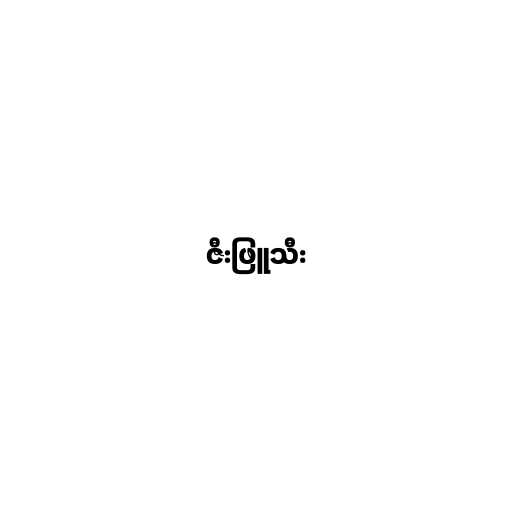
ဇီးဖြူသီး